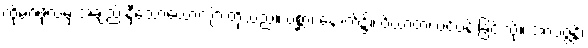
ထိုမဂ်ဖိုလ်မှ အချည်းနှီသောယောကျ်ားတို့သည်။ ပစ္ဆာ၊ နောက်၌။ ဝိဃာတံ၊ ပင်ပန်းခြင်းသို့။ အာပဇ္ဇန္တိ၊